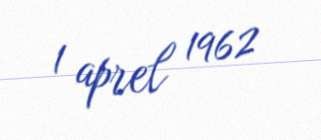
1 aprel 1962